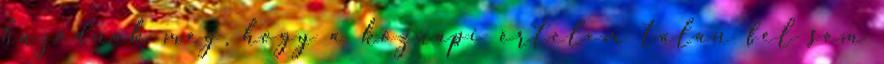
húzódnak meg, hogy a köznapi értelem talán fel sem